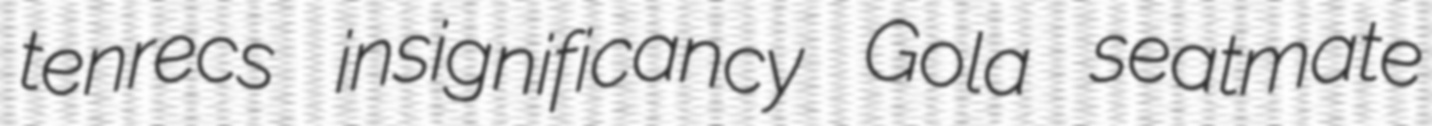
tenrecs insignificancy Gola seatmate